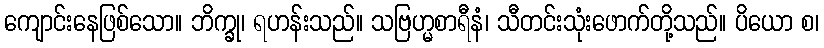
ကျောင်းနေဖြစ်သော။ ဘိက္ခု၊ ရဟန်းသည်။ သဗြဟ္မစာရီနံ၊ သီတင်းသုံးဖောက်တို့သည်။ ပိယော စ၊